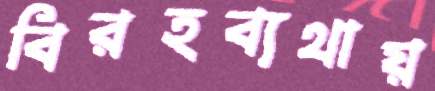
বিরহব্যথায়